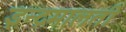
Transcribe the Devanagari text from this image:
इन्द्रमालती